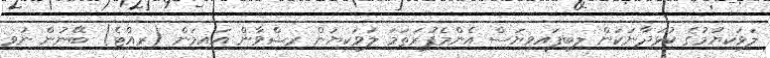
ލަވަކިޔުމުގެ ކުޅަދާނަކަން ލިބިފައިވިޔަސް އެންމެފުރަތަމަ ލަވަކިޔަން ރިޝްވާން އައިމަން (ރިއްޓެ) ބޭނުން ނުވި